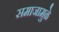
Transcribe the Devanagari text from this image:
समाजामुळे